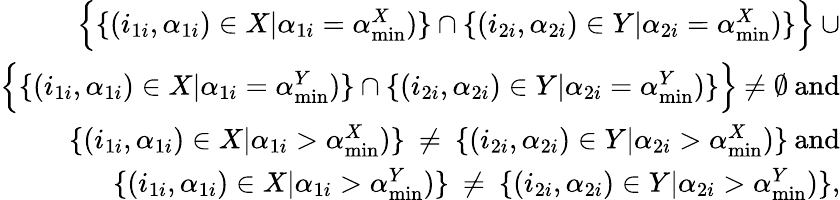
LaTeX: \begin{array}{r}{\Bigl\{ \{ (i_{1i},\alpha_{1i})\in X|\alpha_{1i}=\alpha_{\operatorname*{min}}^{X})\} \cap\{ (i_{2i},\alpha_{2i})\in Y|\alpha_{2i}=\alpha_{\operatorname*{min}}^{X})\} \Bigl\} \: \cup}\\ {\Bigl\{ \{ (i_{1i},\alpha_{1i})\in X|\alpha_{1i}=\alpha_{\operatorname*{min}}^{Y})\} \cap\{ (i_{2i},\alpha_{2i})\in Y|\alpha_{2i}=\alpha_{\operatorname*{min}}^{Y})\} \Bigl\} \: \neq\emptyset\: \mathrm{and}}\\ {\{ (i_{1i},\alpha_{1i})\in X|\alpha_{1i}>\alpha_{\operatorname*{min}}^{X})\} \: \neq\: \{ (i_{2i},\alpha_{2i})\in Y|\alpha_{2i}>\alpha_{\operatorname*{min}}^{X})\} \: \mathrm{and}}\\ {\{ (i_{1i},\alpha_{1i})\in X|\alpha_{1i}>\alpha_{\operatorname*{min}}^{Y})\} \: \neq\: \{ (i_{2i},\alpha_{2i})\in Y|\alpha_{2i}>\alpha_{\operatorname*{min}}^{Y})\} ,}\end{array}